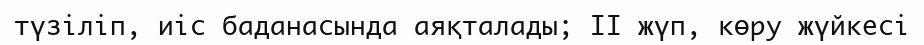
түзіліп, иіс баданасында аяқталады; II жүп, көру жүйкесі